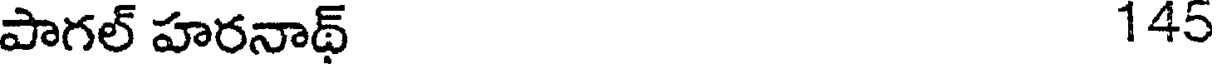
పాగల్ హరనాథ్ 145